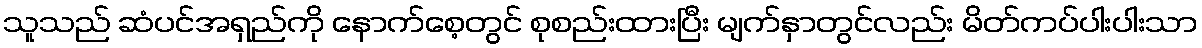
သူသည် ဆံပင်အရှည်ကို နောက်စေ့တွင် စုစည်းထားပြီး မျက်နှာတွင်လည်း မိတ်ကပ်ပါးပါးသာ